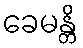
ခေမန္တိ